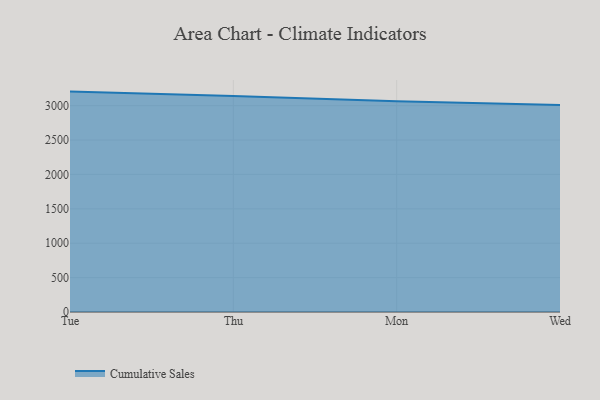
{"axis": {"x": "Day", "y": "Tickets Resolved"}, "legend": ["Cumulative Sales"], "data": [{"x": "Tue", "y": 3204.6, "type": "Cumulative Sales"}, {"x": "Thu", "y": 3140.6, "type": "Cumulative Sales"}, {"x": "Mon", "y": 3063.9, "type": "Cumulative Sales"}, {"x": "Wed", "y": 3008.9, "type": "Cumulative Sales"}]}